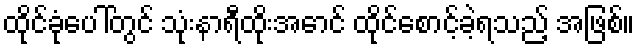
ထိုင်ခုံပေါ်တွင် သုံးနာရီထိုးအောင် ထိုင်စောင့်ခဲ့ရသည့် အဖြစ်။